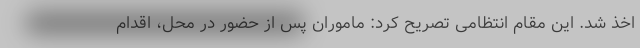
اخذ شد. این مقام انتظامی تصریح کرد: ماموران پس از حضور در محل، اقدام